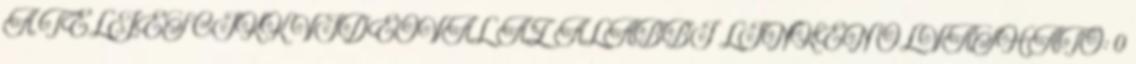
A TELJES CIKK VIDEÓVAL AZ ALÁBBI LINKEN OLVASHATÓ: 0